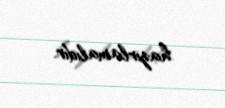
hazırlamalıdır.